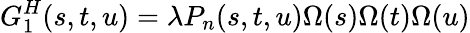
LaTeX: G_{1}^{H}(s,t,u)=\lambda P_{n}(s,t,u)\Omega(s)\Omega(t)\Omega(u)